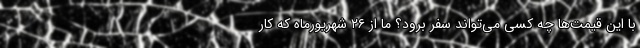
با این قیمت‌ها چه کسی می‌تواند سفر برود؟ ما از ۲۶ شهریورماه که کار